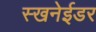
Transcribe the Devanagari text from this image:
स्खनेईडर